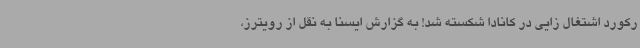
رکورد اشتغال زایی در کانادا شکسته شد! به گزارش ایسنا به نقل از رویترز،